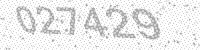
Solution: 027429